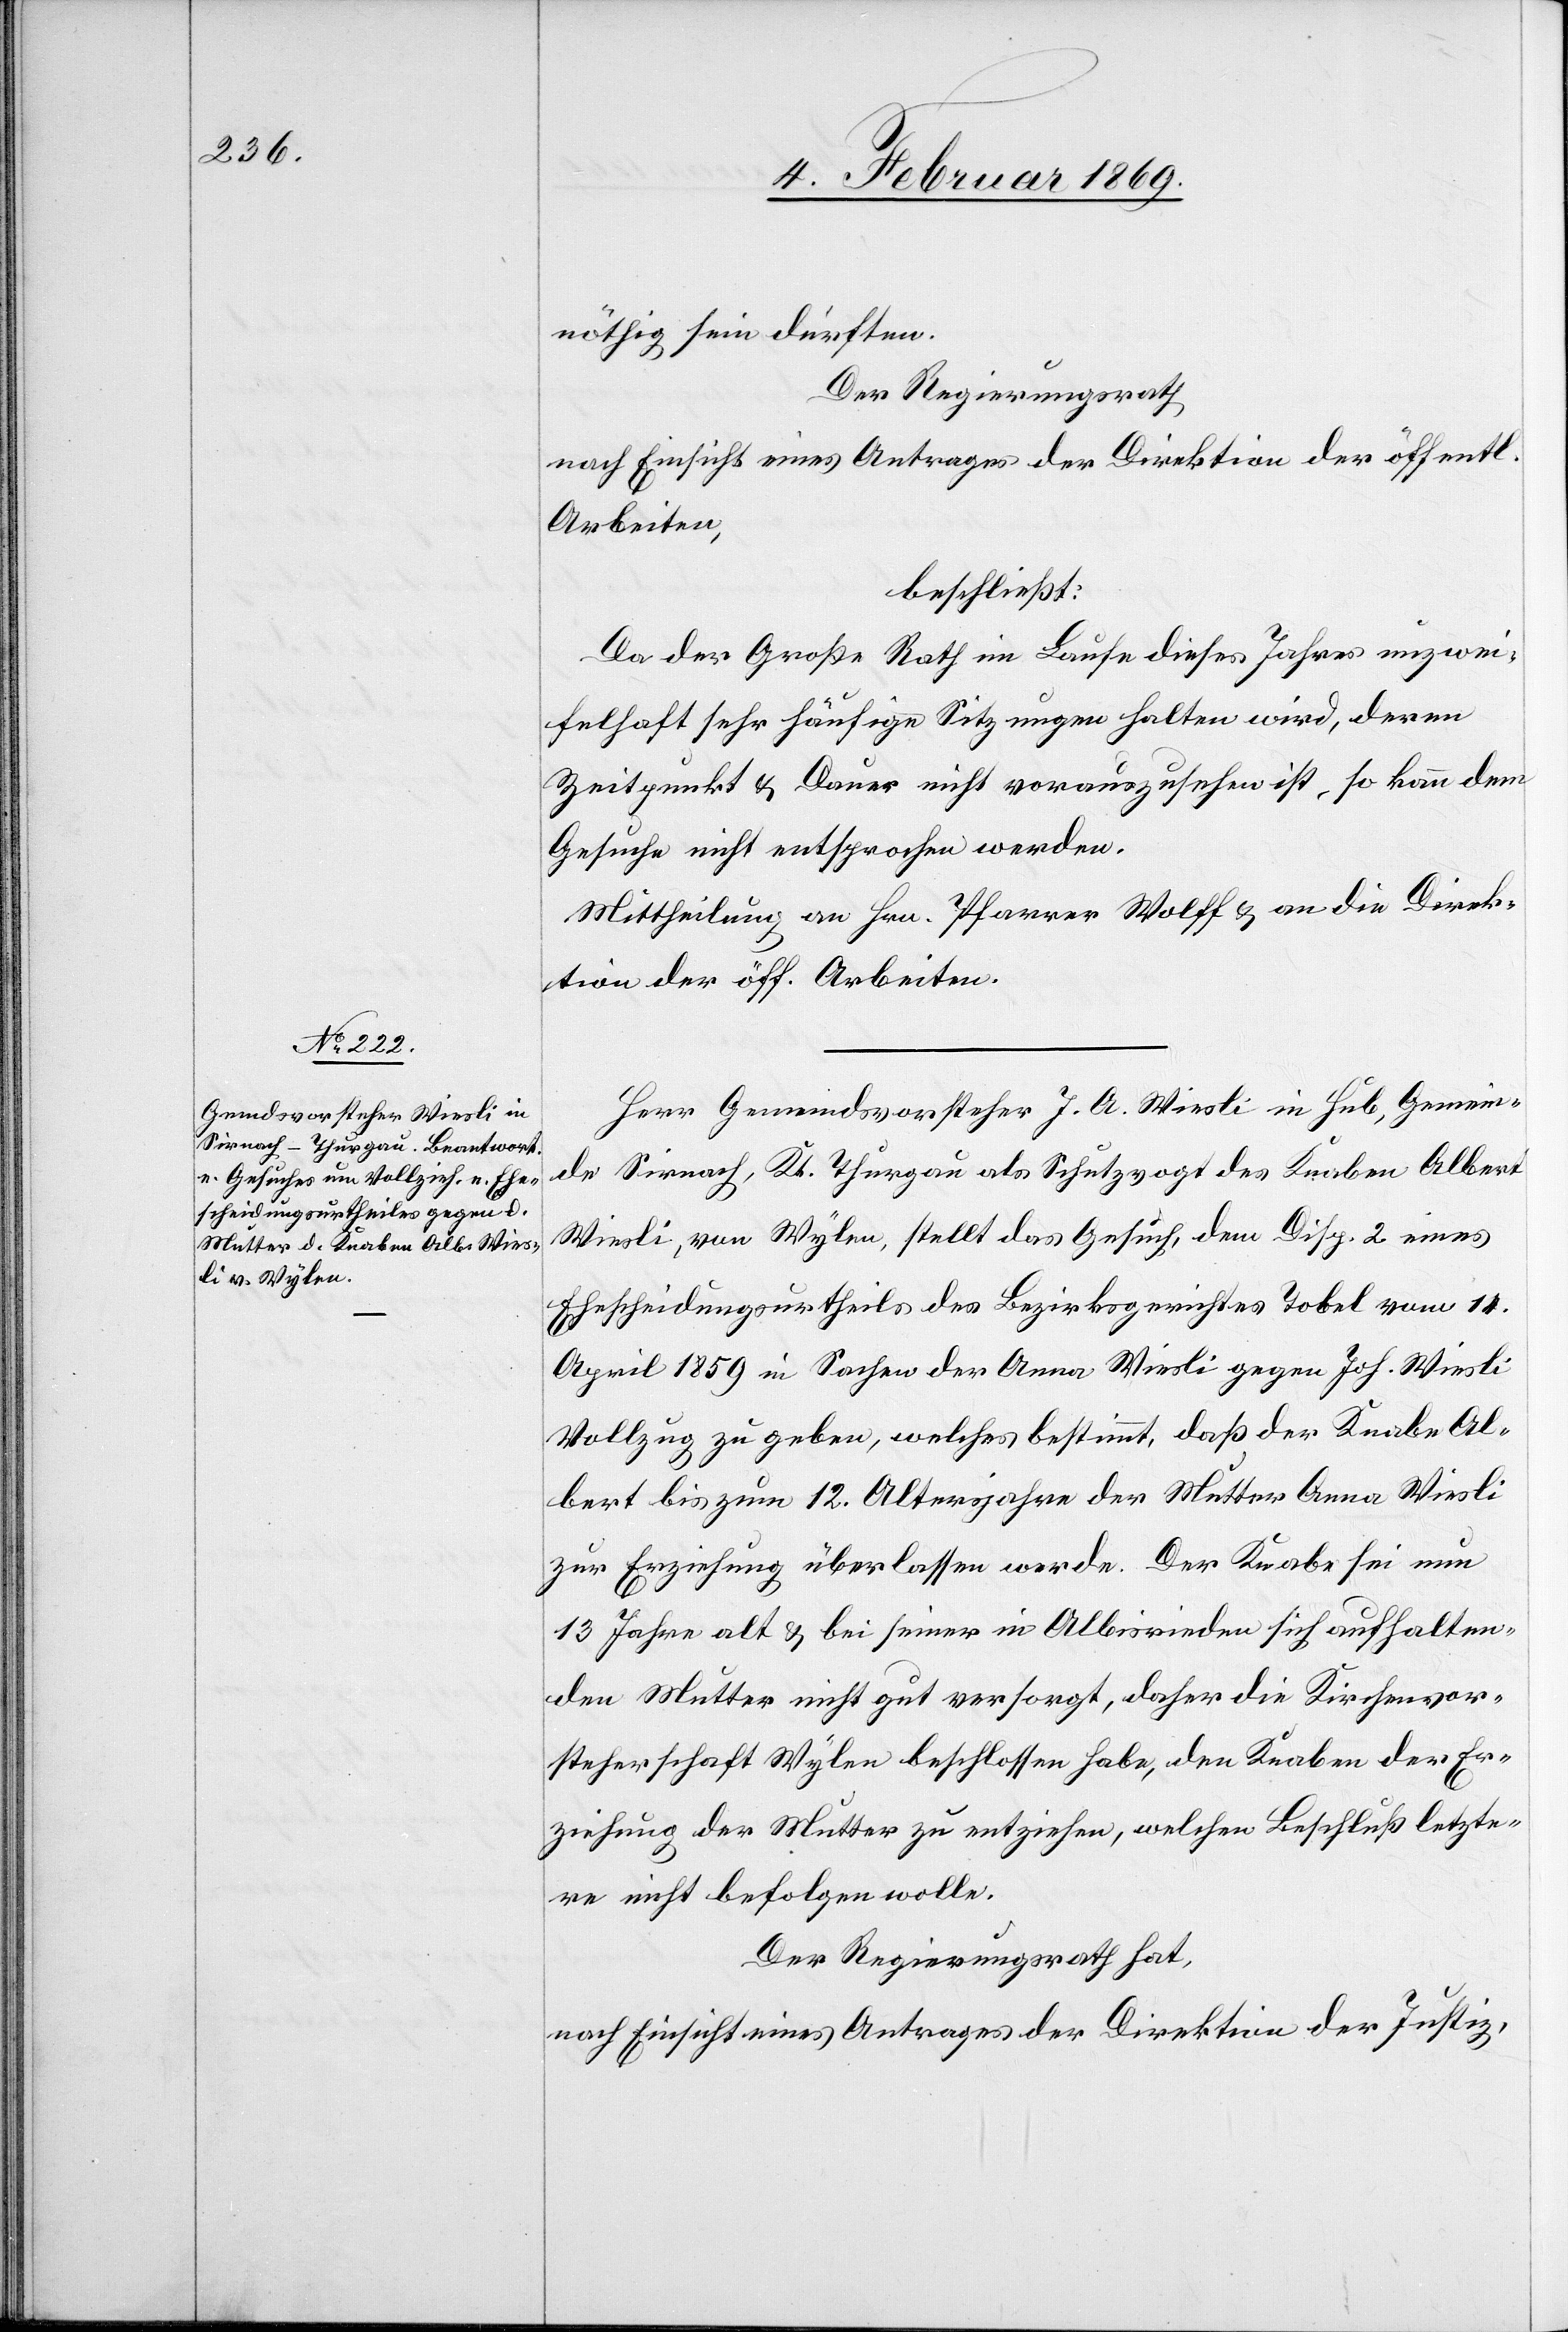
nöthig sein dürften.
Der Regierungsrath,
nach Einsicht eines Antrages der Direktion der öff.
Arbeiten,
beschließt:
Da der Große Rath im Laufe dieses Jahres unzwei¬
felhaft sehr häufige Sitzungen halten wird, deren
Zeitpunkt u. Dauer nicht vorauszusehen ist, so kann dem
Gesuche nicht entsprochen werden.
Mittheilung an Hrn. Pfarrer Wolff u. an die Direk¬
tion der öff. Arbeiten.
Herr Gemeindsvorsteher J. A. Wiesli in Hub, Gemein¬
de Sirnach, Kt. Thurgau als Schutzvogt des Knaben Albert
Wiesli, von Wylen, stellt das Gesuch, dem Disp. 2 eines
Ehescheidungsurtheils des Bezirksgerichtes Tobel vom 14.
April 1859 in Sachen der Anna Wiesli gegen Joh. Wiesli
Vollzug zu geben, welches bestimmt, daß der Knabe Al¬
bert bis zum 12. Altersjahre der Mutter Anna Wiesli
zur Erziehung überlassen werde. Der Knabe sei nun
13 Jahre alt u. bei seiner in Albisrieden sich aufhalten¬
den Mutter nicht gut versorgt, daher die Kirchenvor¬
steherschaft Wylen beschlossen habe, den Knaben der Er¬
ziehung der Mutter zu entziehen, welchen Beschluß letzte¬
re nicht befolgen wolle.
Der Regierungsrath hat,
nach Einsicht eines Antrages der Direktion der Justiz,